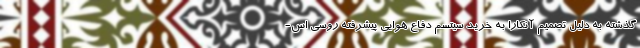
گذشته به دلیل تصمیم آنکارا به خرید سیتسم دفاع هوایی پیشرفته روسی اس-